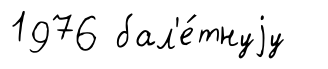
1976 бал'е́тнуjу